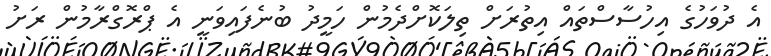
އެ ދުވަހުގެ އިހުސާސްތައް އިތުރަށް ތިލަކޮށްދެމުން ހަމީދު ބުނެފައިވަނީ އެ ޕްރޮގްރާމުން ރަށު